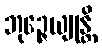
ဘုဉ္ဇေယျုန္တိ